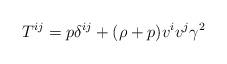
LaTeX: \begin{align*}T^{ij}=p\delta ^{ij}+(\rho +p)v^iv^j\gamma ^2 \end{align*}